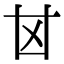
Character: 𠀠